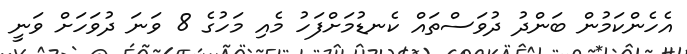
އެހެންކަމުން ބަންދު ދުވަސްތައް ކެނޑުމަށްފަހު މެއި މަހުގެ 8 ވަނަ ދުވަހަށް ވަނީ